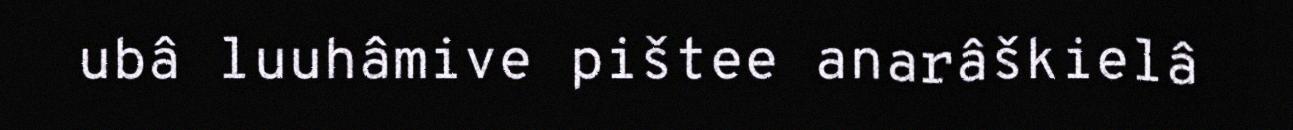
ubâ luuhâmive pištee anarâškielâ